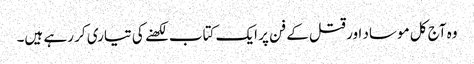
وہ آج کل موساد اور قتل کے فن پر ایک کتاب لکھنے کی تیاری کر رہے ہیں۔